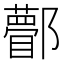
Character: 𨟒